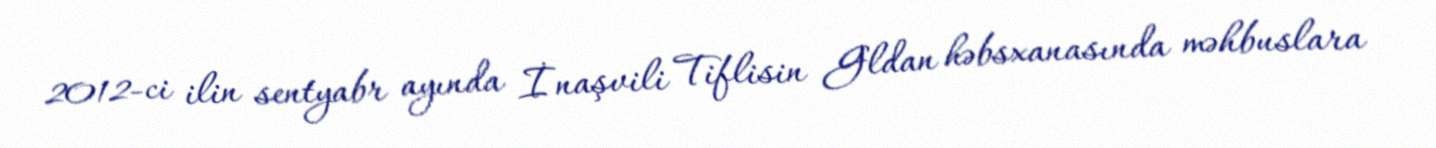
2012-ci ilin sentyabr ayında İnaşvili Tiflisin Gldan həbsxanasında məhbuslara